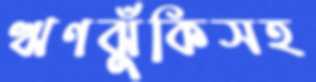
ঋণঝুঁকিসহ